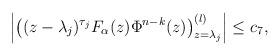
LaTeX: \begin{align*}\left|\left( (z-\lambda_j)^{\tau_j}F_\alpha(z) \Phi^{n-k}(z) \right)^{(l)}_{z=\lambda_j} \right|\leq c_7,\end{align*}